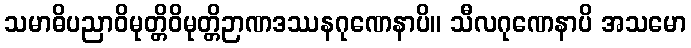
သမာဓိပညာဝိမုတ္တိဝိမုတ္တိဉာဏဒဿနဂုဏေနာပိ။ သီလဂုဏေနာပိ အသမော